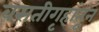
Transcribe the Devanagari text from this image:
वसतीगृहांतून